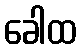
ခေါထ